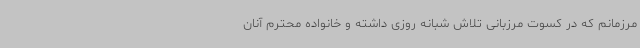
مرزمانم که در کسوت مرزبانی تلاش شبانه روزی داشته و خانواده محترم آنان